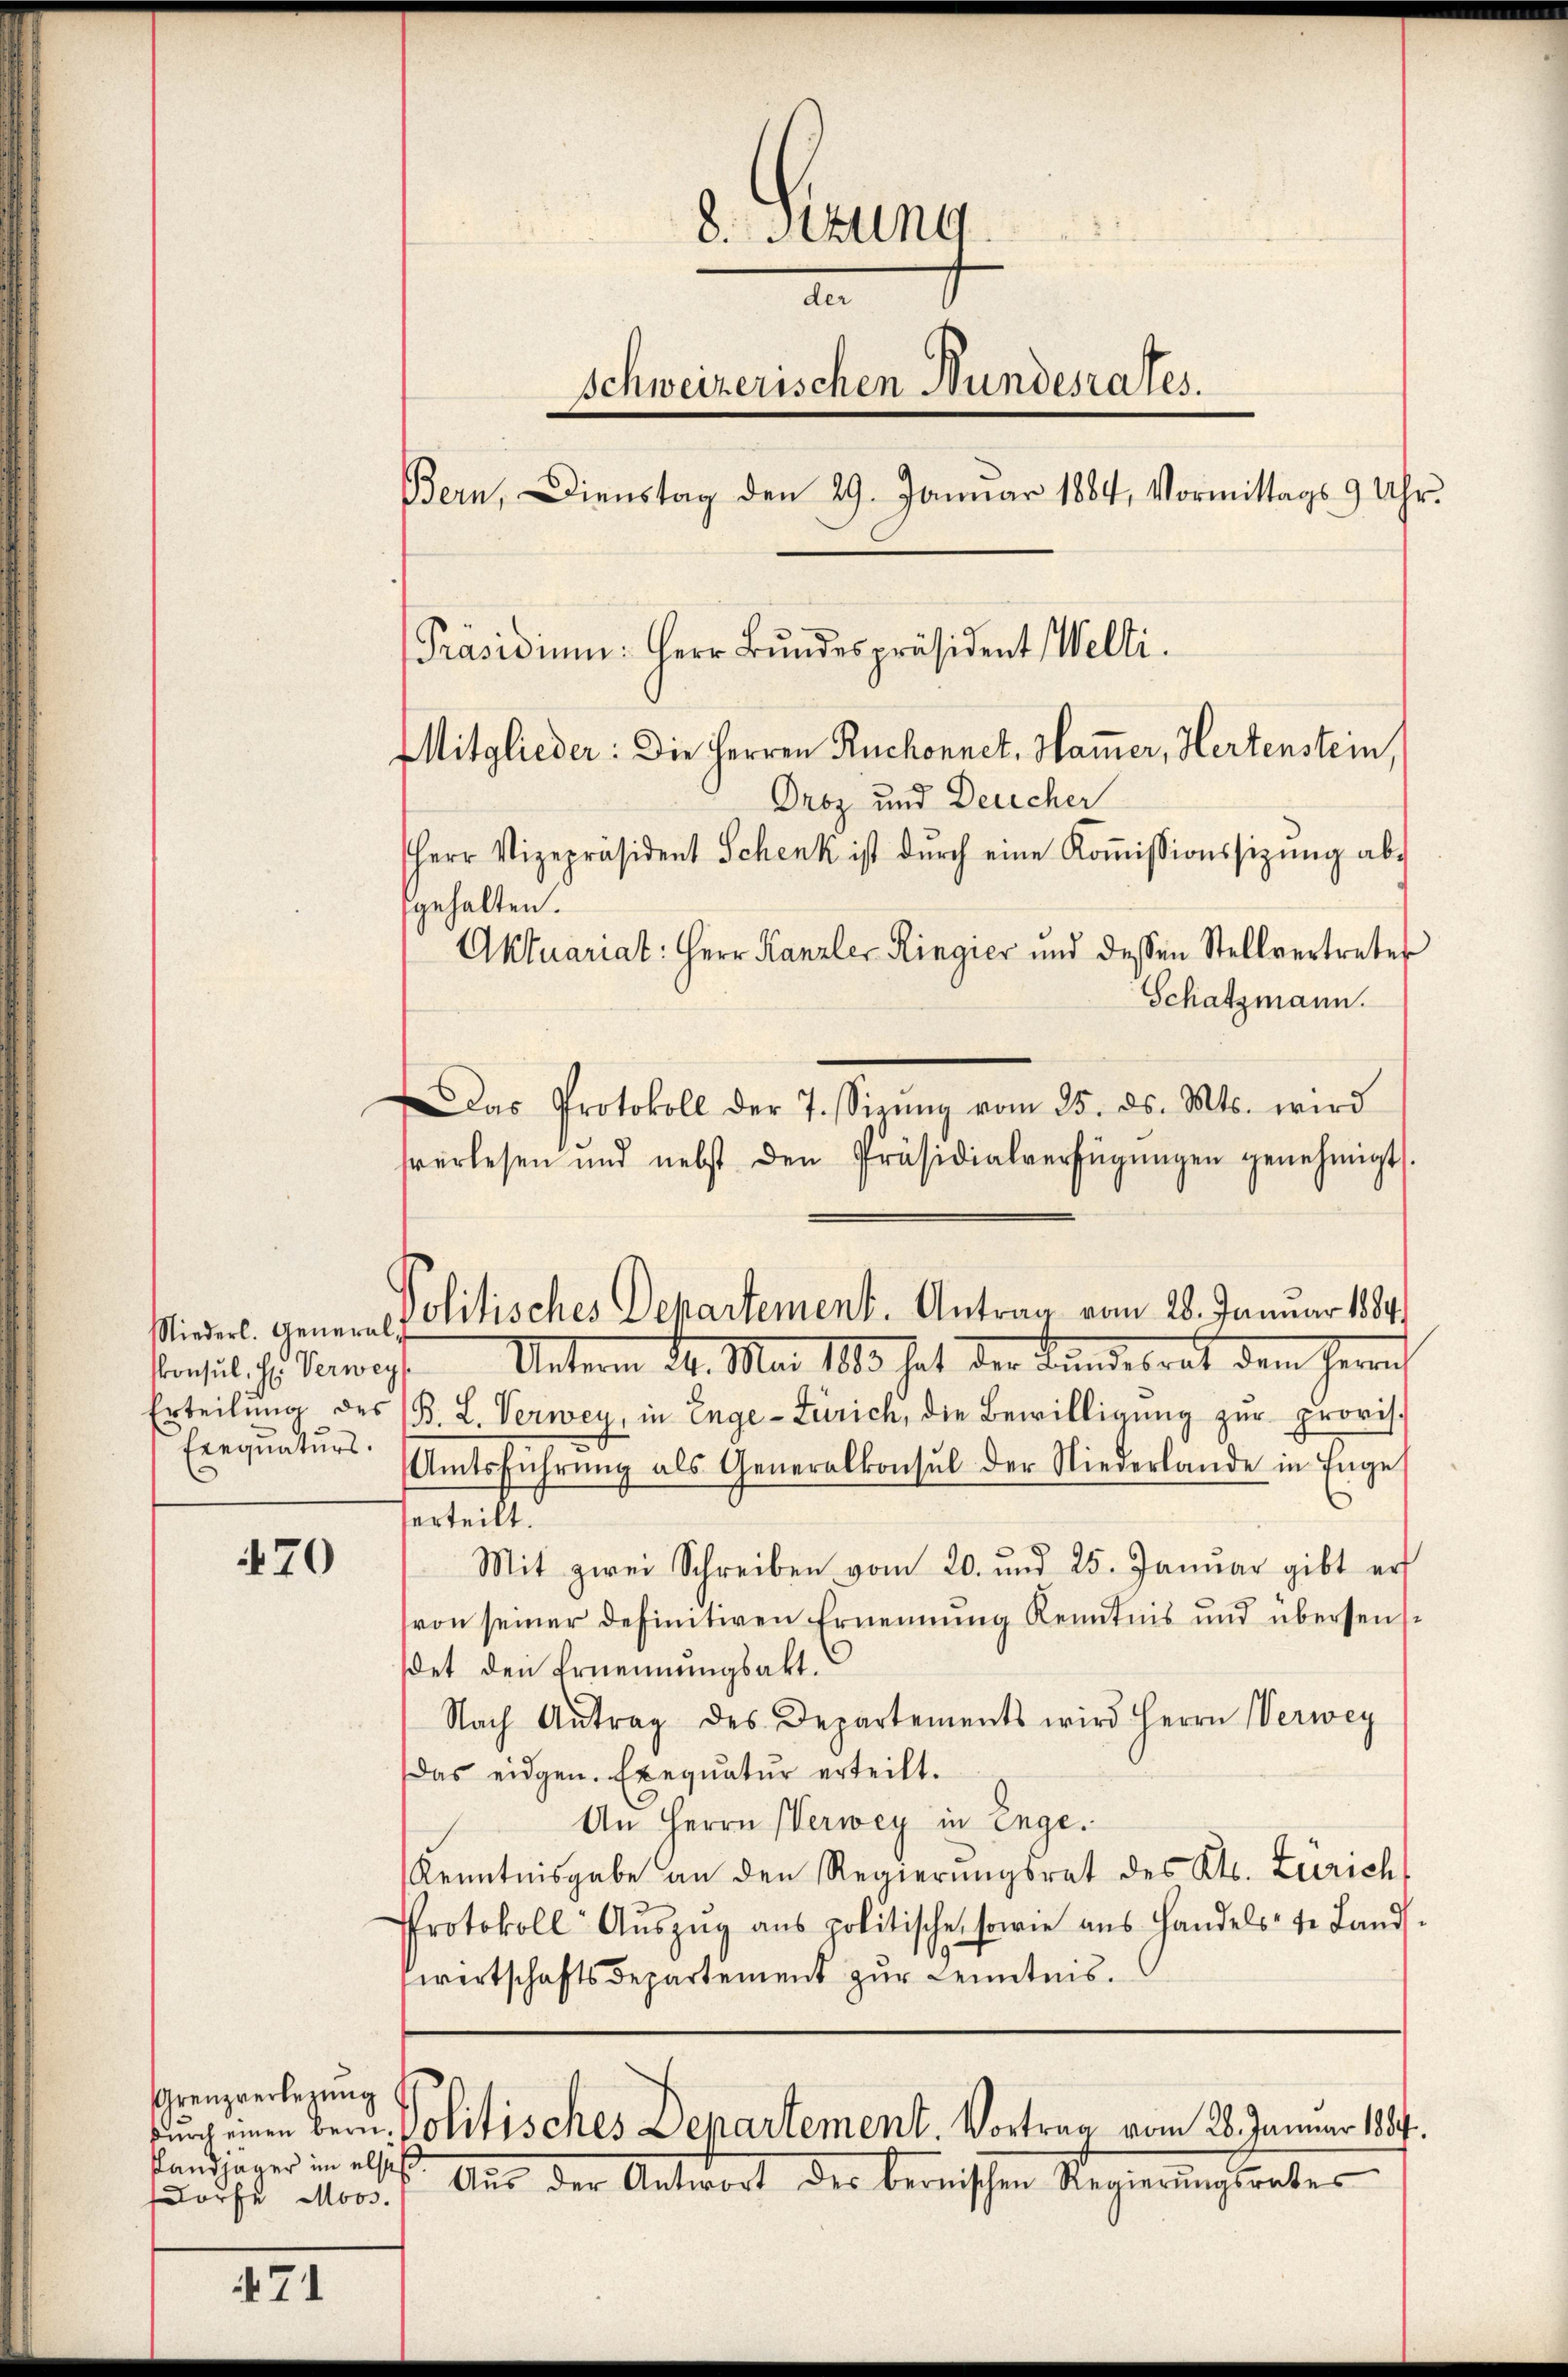
Niederl. General
skonsul, H. Verweg
Erteilung des
Exequaturs.

470

Grenzverlerung
fandjäger im also
dorfe Moos.

471

8. Sekung
der
Schweizerischen Bundesrates.
Bern, Dienstag den 29. Januar 1884, Vormittags 9 Uhr.
[Präsidium: Herr Bŭndespräsident Welti.
Mitglieder: Die Herren Ruchonnet, Hammer, Hertenstein,
Droz und Delicher
Herr Vizepräsident Schenk ist dŭrch eine Koṁissionssitzŭng ab
gehalten.
Aktuariat: Herr Kanzler Ringier und dessen Stellvertretes
Schatzmann.
Das Protokoll der 7. Sieŭng vom 25. ds. Mts. wird

Politisches Departement. Antrag vom 28. Januar 1884.

sverlesen und nebst den Präsidialverfügŭngen genehmigt
Unterm 24. Mai 1883 hat der Bundesrat dem Herrn
B. L. Verwey, in Enge-Zürich, die Bewilligung zur provis.
Amtsführŭng als Generalkonsul der Niederlande in Enge
serteilt.
Mit zwei Schreiben vom 20. und 25. Januar gibt er
(von seiner definitiven Ernennung Kenntnis und übersendet den Ernennungsakt.
Nach Antrag des Departements wird Herrn Verwey
Das eidgen. Exequatur erteilt.
An Herrn Verwey in Enge.
Kenntnisgabe an den Regierŭngsrat des Kts. Zürich
Protokoll Aŭszŭg ans politische sowie ans Handels-te Land.
wertschaftsdepartement zŭr Kenntnis.

Auch einen Bern Politisches Departement. Vortrag vom 28. Januar 1884.

Aus der Antwort der bernischen Regierŭngsrates